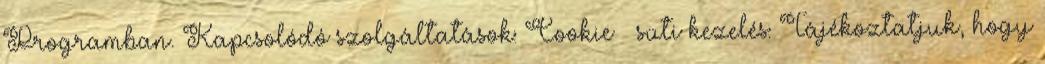
Programban. Kapcsolódó szolgáltatások: Cookie süti kezelés: Tájékoztatjuk, hogy